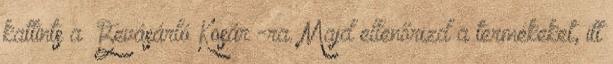
kattints a “Bevásárló Kosár”-ra. Majd ellenőrizd a termékeket, itt